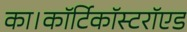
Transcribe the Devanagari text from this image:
का।कॉर्टिकॉस्टरॉएड